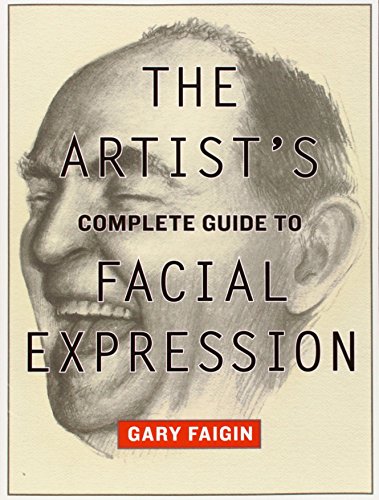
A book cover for The Artist's Complete Guide to Facial Expression; Gary Faigin; Arts & Photography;